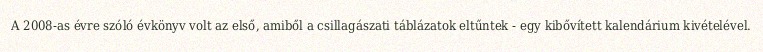
A 2008-as évre szóló évkönyv volt az első, amiből a csillagászati táblázatok eltűntek - egy kibővített kalendárium kivételével.